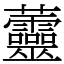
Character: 䖅